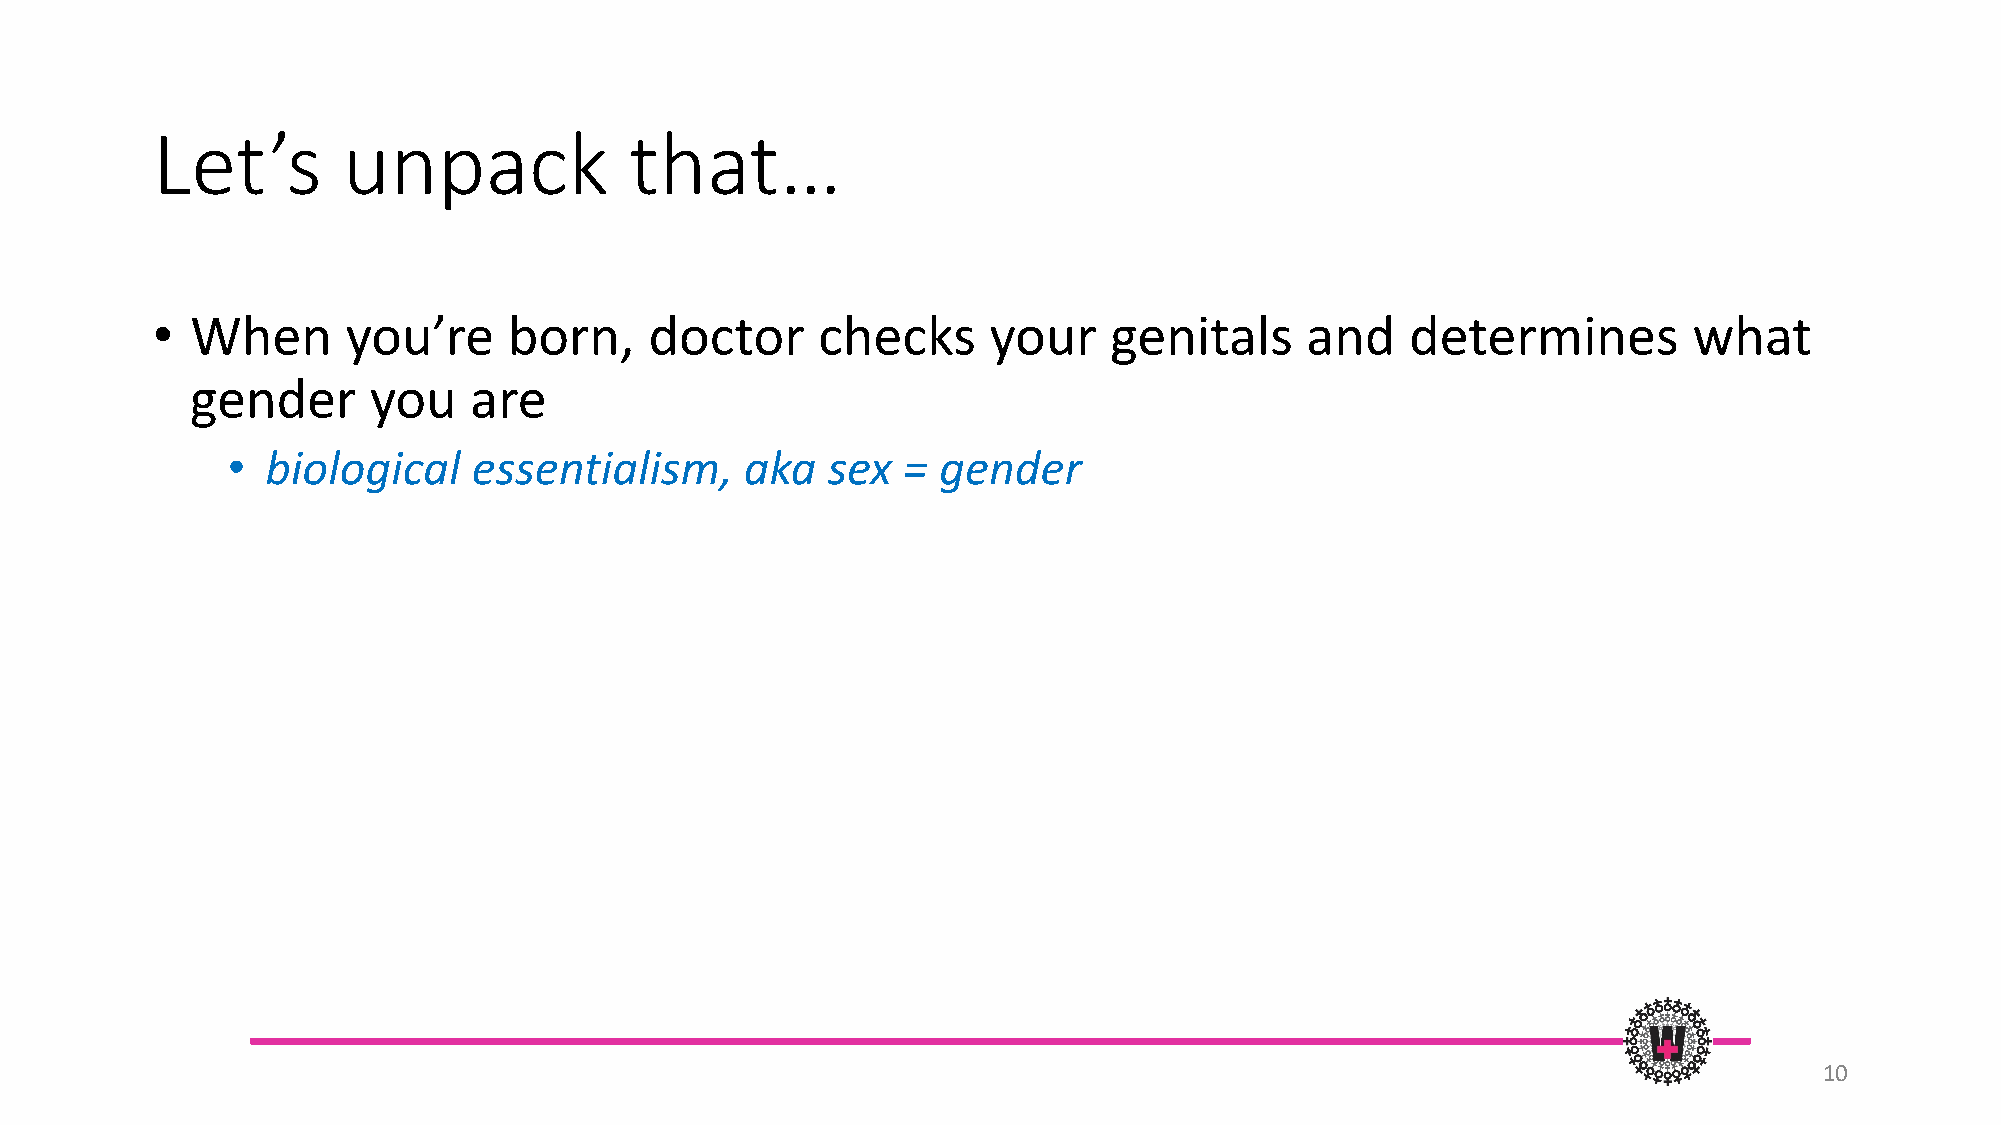
Let’s        unpack             that…
 •  When      you’re     born,    doctor     checks     your    genitals     and    determines         what
 gender     you    are
 •  biological   essentialism,     aka   sex  = gender
 10